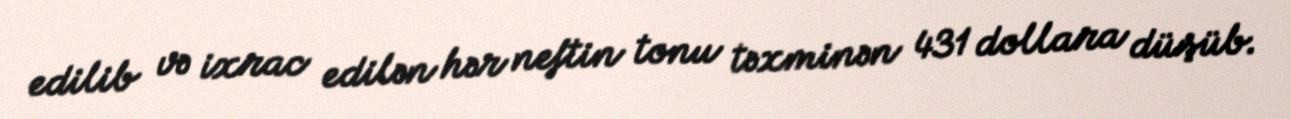
edilib və ixrac edilən hər neftin tonu təxminən 431 dollara düşüb.